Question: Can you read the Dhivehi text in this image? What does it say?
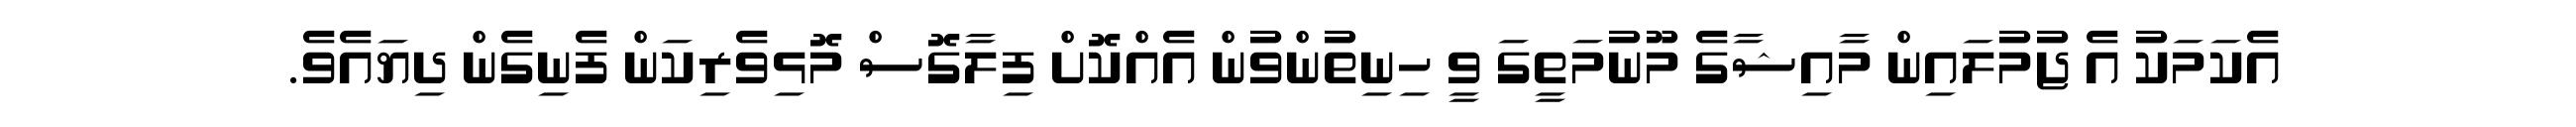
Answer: އެކަމަކު އެ ޖުމުލައިން މާއިޝާގެ މޫނުމަތީގަ ވީ ހިނިތުންވުން އެއްކޮށް ފިލާގޮސް މޮޅިވެރިކަން ފެނިގެން ދިޔައެވެ.